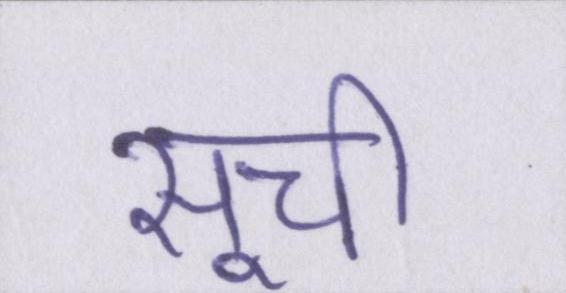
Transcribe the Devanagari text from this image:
सूची